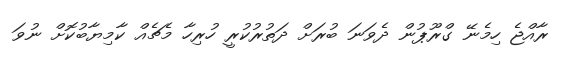
ރާއްޖެ ހިމެނޭ ގްރޫޕުން ދެވަނަ ބުރަށް ދަތުރުކުރީ ހުރިހާ މެޗެއް ކާމިޔާބުކޮށް ނުވަ